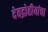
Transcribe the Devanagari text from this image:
देवद्रोहीयांचा